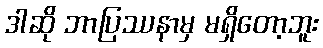
ဒါဆို ဘာပြဿနာမှ မရှိတော့ဘူး